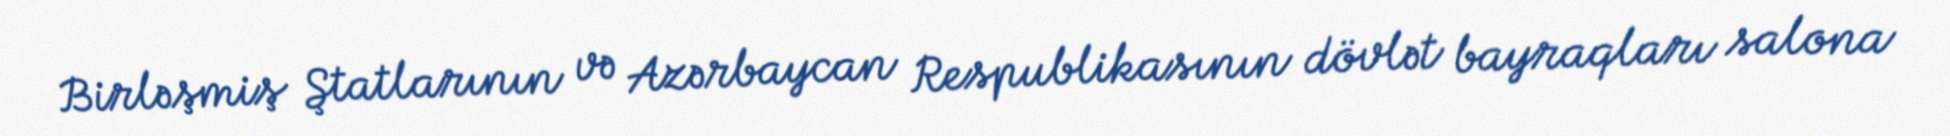
Birləşmiş Ştatlarının və Azərbaycan Respublikasının dövlət bayraqları salona